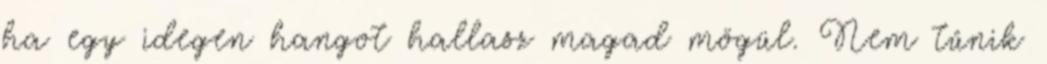
ha egy idegen hangot hallasz magad mögül. Nem tűnik